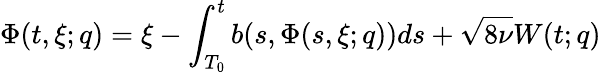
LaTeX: \Phi(t,\xi;q)=\xi-\int_{T_{0}}^{t}b(s,\Phi(s,\xi;q))ds+\sqrt{8\nu}W(t;q)